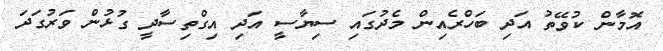
އޮމާން ކުވޭތު އަދި ބަހްރެއިން މެދުގައި ސިޔާސީ އަދި އިގްތިސާދީ ގުޅުން ވަރުގަދަ